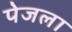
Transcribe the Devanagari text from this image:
पेजला